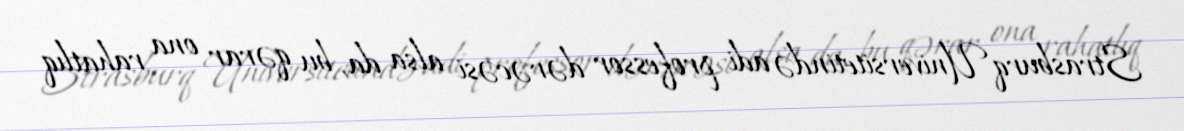
Strasburq Universitetində adi professor dərəcəsi alsa da, bu qərar ona rahatlıq